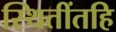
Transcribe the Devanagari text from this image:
स्थितींतहि